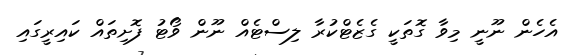
އެހެން ނޫނީ މިވާ ގޮތަކީ ގެޒެޓްކުރާ ލިސްޓެއް ނޫން ވޯޓު ފޮށިތައް ކައިރީގައި